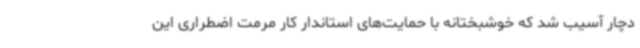
دچار آسیب شد که خوشبختانه با حمایت‌های استاندار کار مرمت اضطراری این